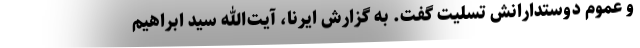
و عموم دوستدارانش تسلیت گفت. به گزارش ایرنا، آیت‌الله سید ابراهیم